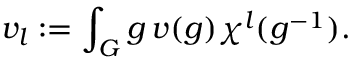
v _ { l } : = \int _ { G } \d g \, v ( g ) \chi ^ { l } ( g ^ { - 1 } ) .